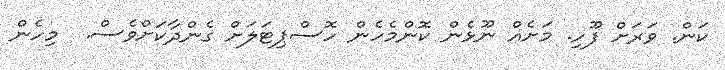
ކަން. ވަރަށް ފޫހި. މަށެއް ނޫޅެން ކޮންމެހެން ހޮސްޕިޓަލަށް ގެންދާކަށްވެސް.  މިހެން